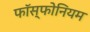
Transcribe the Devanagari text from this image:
फॉस्फोनियम